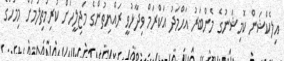
އިލެކްޝަން ކޮމިޝަނުގެ މެންބަރު އަހްމަދު އަކްރަމް ވިދާޅުވީ ރައްޔިތުންގެ މަޖިލީހަށް ކުރިމަތިލުމަށް މިމަހުގެ